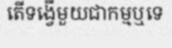
តើទង្វើមួយជាកម្មឬទេ